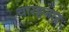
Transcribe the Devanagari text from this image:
चारहजार